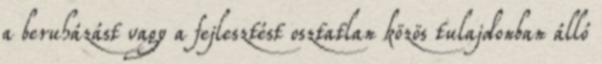
a beruházást vagy a fejlesztést osztatlan közös tulajdonban álló